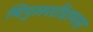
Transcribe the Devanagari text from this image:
बिपुलसोंग्रामास